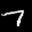
Label: 7